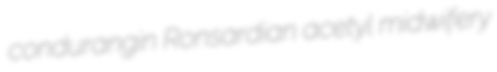
condurangin Ronsardian acetyl midwifery